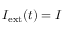
I _ { \mathrm { e x t } } ( t ) = I